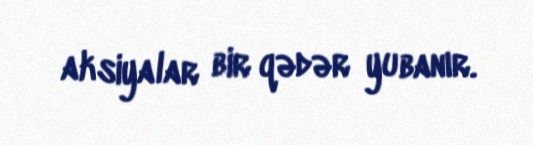
aksiyalar bir qədər yubanır.